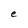
Character: e